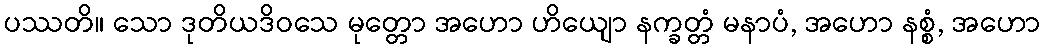
ပဿတိ။ သော ဒုတိယဒိဝသေ မုတ္တော အဟော ဟိယျော နက္ခတ္တံ မနာပံ, အဟော နစ္စံ, အဟော